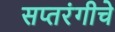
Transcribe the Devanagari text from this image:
सप्तरंगीचे